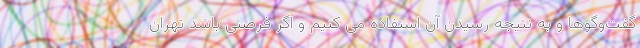
گفت‌وگوها و به نتیجه رسیدن آن استفاده می کنیم و اگر فرصتی باشد تهران